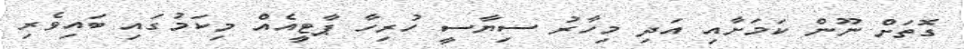
ގޮތަށް ނޫން ކަމަށާއި އަދި މިހާރު ސިޔާސީ ހުރިހާ ޕާޓީއެއް މިކަމުގައި ބައިވެރި